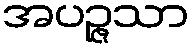
အပဉ္ဇသာ